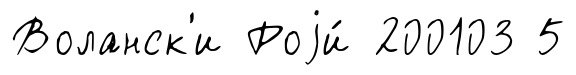
Воланск'и Роjи́ 200103 5